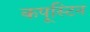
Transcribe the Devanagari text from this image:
कपूस्टिन